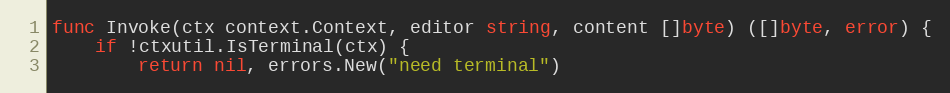
Language: Go
func Invoke(ctx context.Context, editor string, content []byte) ([]byte, error) {
	if !ctxutil.IsTerminal(ctx) {
		return nil, errors.New("need terminal")